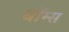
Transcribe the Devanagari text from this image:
थॉम्स